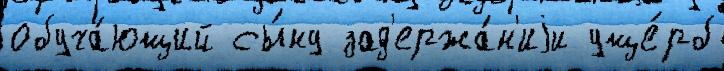
обуча́ющий сы́ну зад'ержа́н'иjи уще́рб